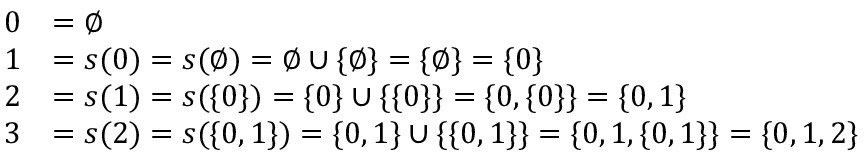
{ \begin{array} { r l } { 0 } & { = \emptyset } \\ { 1 } & { = s ( 0 ) = s ( \emptyset ) = \emptyset \cup \{ \emptyset \} = \{ \emptyset \} = \{ 0 \} } \\ { 2 } & { = s ( 1 ) = s ( \{ 0 \} ) = \{ 0 \} \cup \{ \{ 0 \} \} = \{ 0 , \{ 0 \} \} = \{ 0 , 1 \} } \\ { 3 } & { = s ( 2 ) = s ( \{ 0 , 1 \} ) = \{ 0 , 1 \} \cup \{ \{ 0 , 1 \} \} = \{ 0 , 1 , \{ 0 , 1 \} \} = \{ 0 , 1 , 2 \} } \end{array} }